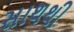
સાથથી